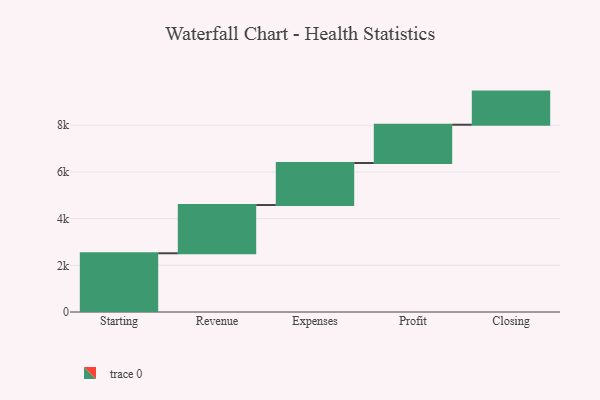
{"axis": {"x": "Step", "y": "Value"}, "legend": [""], "data": [{"x": "Starting", "y": 2515.0, "type": ""}, {"x": "Revenue", "y": 2066.0, "type": ""}, {"x": "Expenses", "y": 1800.0, "type": ""}, {"x": "Profit", "y": 1639.0, "type": ""}, {"x": "Closing", "y": 1419.0, "type": ""}]}